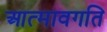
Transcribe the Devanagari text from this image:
आत्मावगति